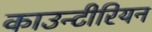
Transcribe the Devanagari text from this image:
काउन्टीरियन